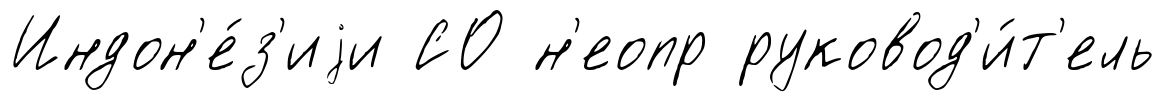
Индон'е́з'иjи СО н'еопр руковод'и́т'ель